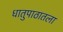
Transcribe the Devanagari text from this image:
धातुपाठातला